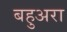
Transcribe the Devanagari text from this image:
बहुअरा